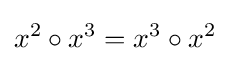
x^{2}\circ x^{3}=x^{3}\circ x^{2}